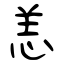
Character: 恙